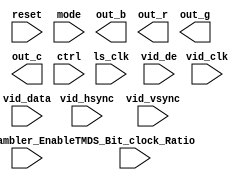
module hdmi_tx (
		input  wire        reset,                //                reset.export
		input  wire        vid_clk,              //              vid_clk.export
		input  wire        ls_clk,               //               ls_clk.export
		input  wire        mode,                 //                 mode.export
		input  wire [1:0]  vid_de,               //               vid_de.export
		input  wire [95:0] vid_data,             //             vid_data.export
		input  wire [1:0]  vid_hsync,            //            vid_hsync.export
		input  wire [1:0]  vid_vsync,            //            vid_vsync.export
		output wire [19:0] out_b,                //                out_b.export
		output wire [19:0] out_r,                //                out_r.export
		output wire [19:0] out_g,                //                out_g.export
		output wire [19:0] out_c,                //                out_c.export
		input  wire        Scrambler_Enable,     //     Scrambler_Enable.export
		input  wire        TMDS_Bit_clock_Ratio, // TMDS_Bit_clock_Ratio.export
		input  wire [11:0] ctrl                  //                 ctrl.export
	);
endmodule